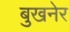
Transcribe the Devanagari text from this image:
बुखनेर